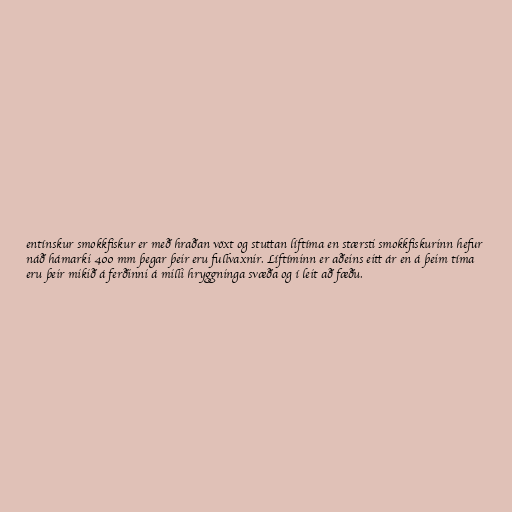
entínskur smokkfiskur er með hraðan vöxt og stuttan líftíma en stærsti smokkfiskurinn hefur
náð hámarki 400 mm þegar þeir eru fullvaxnir. Líftíminn er aðeins eitt ár en á þeim tíma
eru þeir mikið á ferðinni á milli hryggninga svæða og í leit að fæðu.